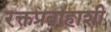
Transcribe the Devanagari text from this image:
रक्तप्रवाहाशी